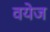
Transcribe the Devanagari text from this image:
वयेज